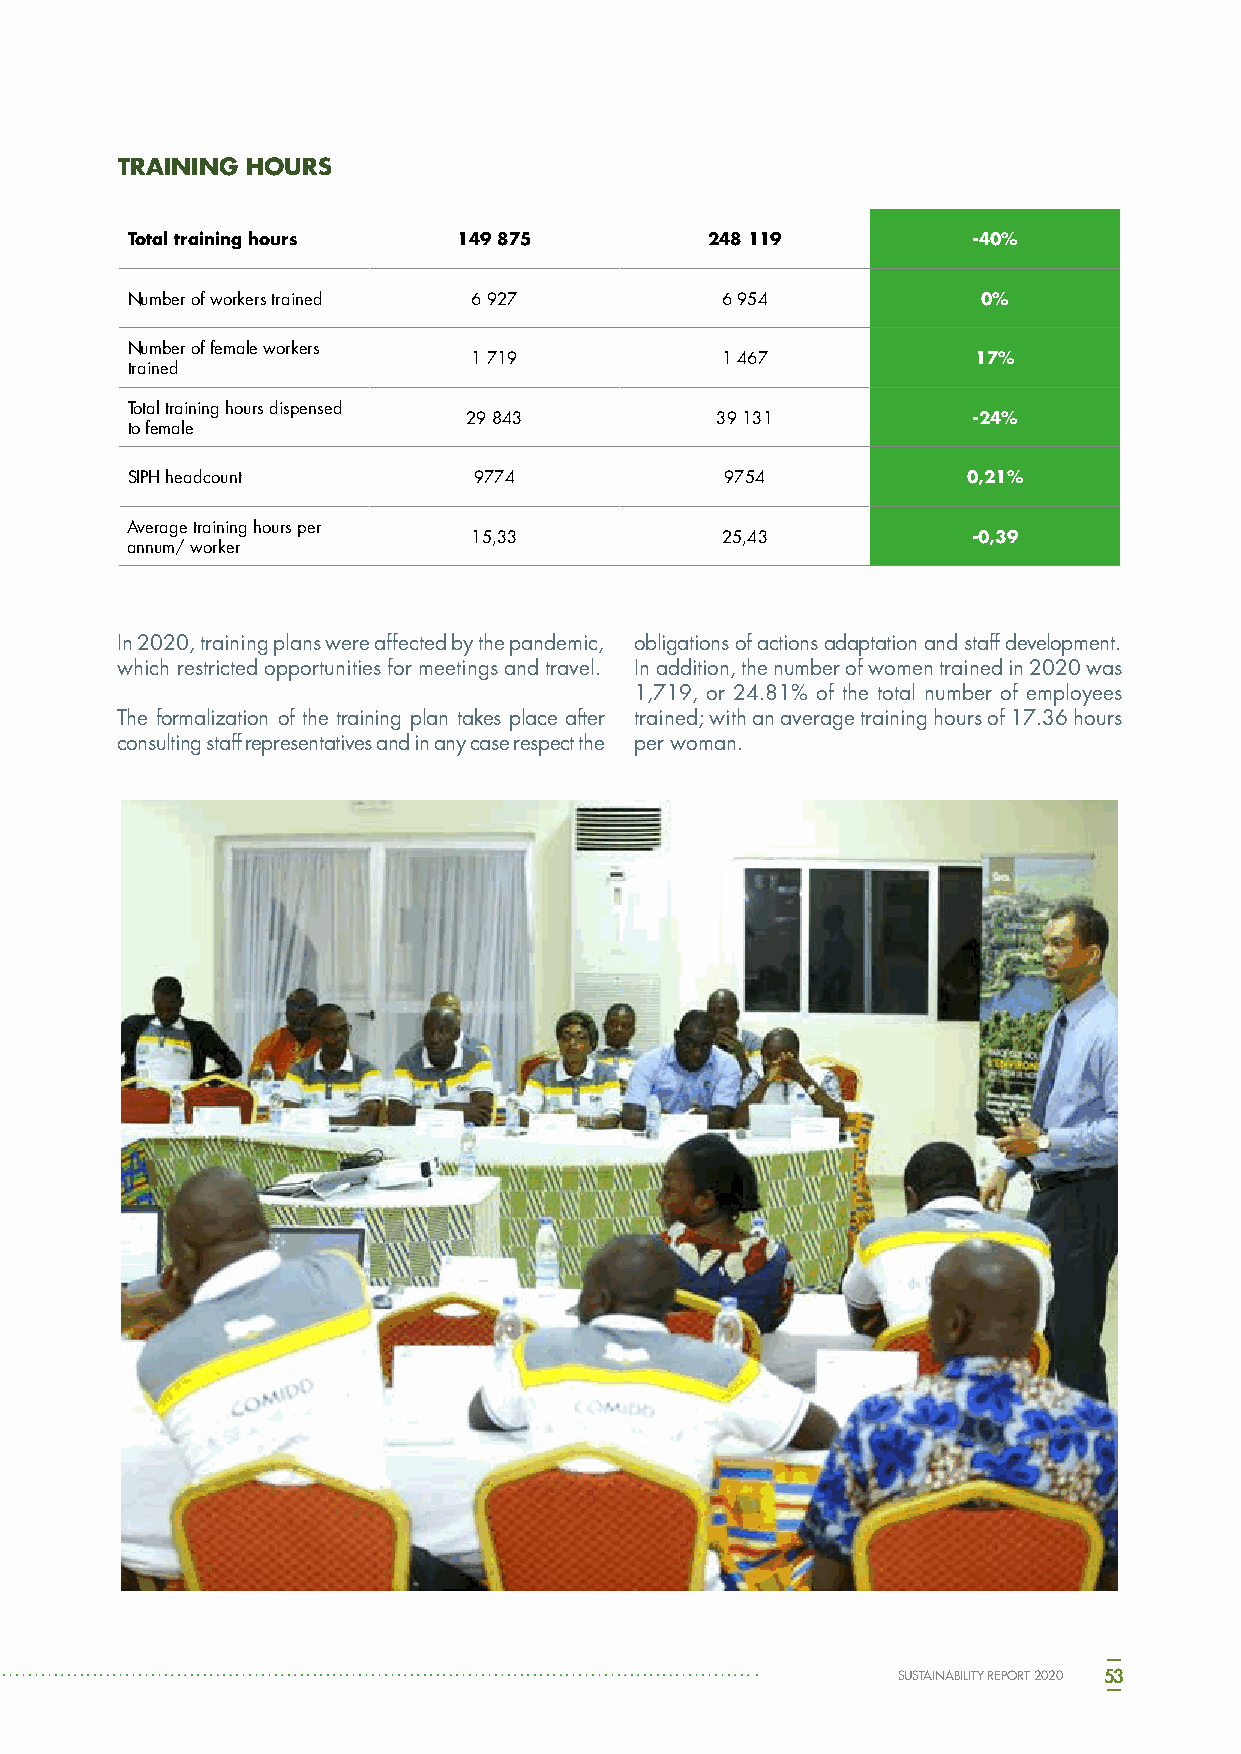
TRAINING HOURS
 Total training hours  149 875          248 119          -40%
 Number of workers trained 6 927         6 954            0%
 Number of female workers
 1 719            1 467            17%
 trained
 Total training hours dispensed
 29 843          39 131           -24%
 to female
 SIPH headcount         9774             9754            0,21%
 Average training hours per
 15,33            25,43           -0,39
 annum/ worker
 In 2020, training plans were affected by the pandemic, obligations of actions adaptation and staff development.
 which restricted opportunities for meetings and travel. In addition, the number of women trained in 2020 was
 1,719, or 24.81% of the total number of employees
 The formalization of the training plan takes place after trained; with an average training hours of 17.36 hours
 consulting staff representatives and in any case respect the per woman.
 SUSTAINABILITY REPORT 2020 53